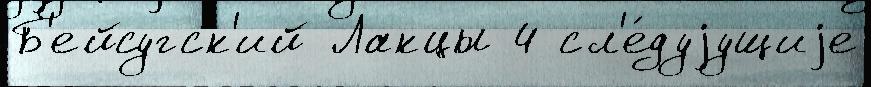
Б'ейсугск'ий Лакцы 4 сл'е́дуjущиjе